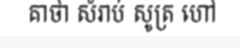
គាថា សំរាប់ សូត្រ ហៅ